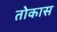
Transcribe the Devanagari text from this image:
तोकास